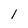
Character: 1